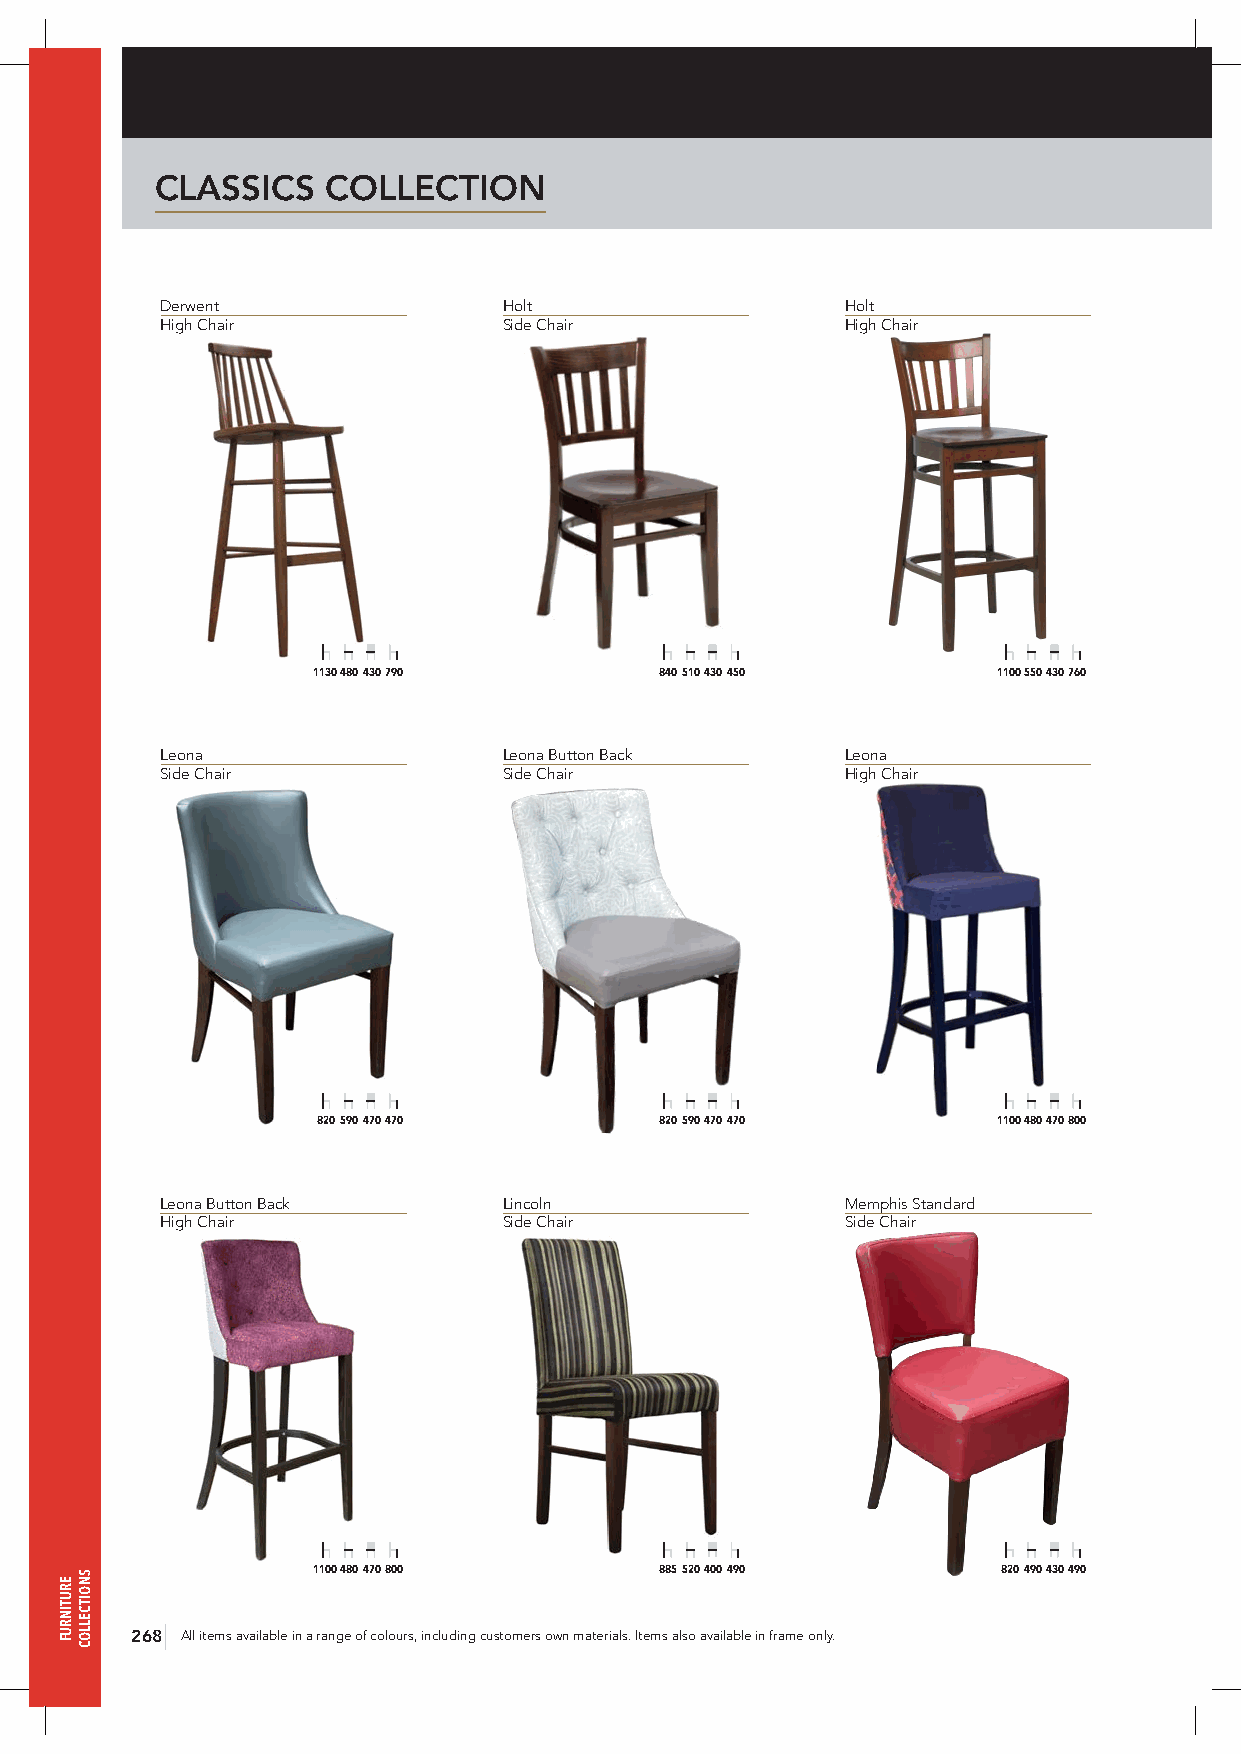
CLASSICS    COLLECTION
 Derwent               Holt                   Holt
 High Chair            Side Chair             High Chair
 1130 480 430 790       840 510 430 450       1100 550 430 760
 Leona                 Leona Button Back      Leona
 Side Chair            Side Chair             High Chair
 820 590 470 470        820 590 470 470       1100 480 470 800
 Leona Button Back     Lincoln                Memphis Standard
 High Chair            Side Chair             Side Chair
 1100 480 470 800       885 520 400 490       820 490 430 490
 268 All items available in a range of colours, including customers own materials. Items also available in frame only.
 ERUTINRUF
 SNOITCELLOC